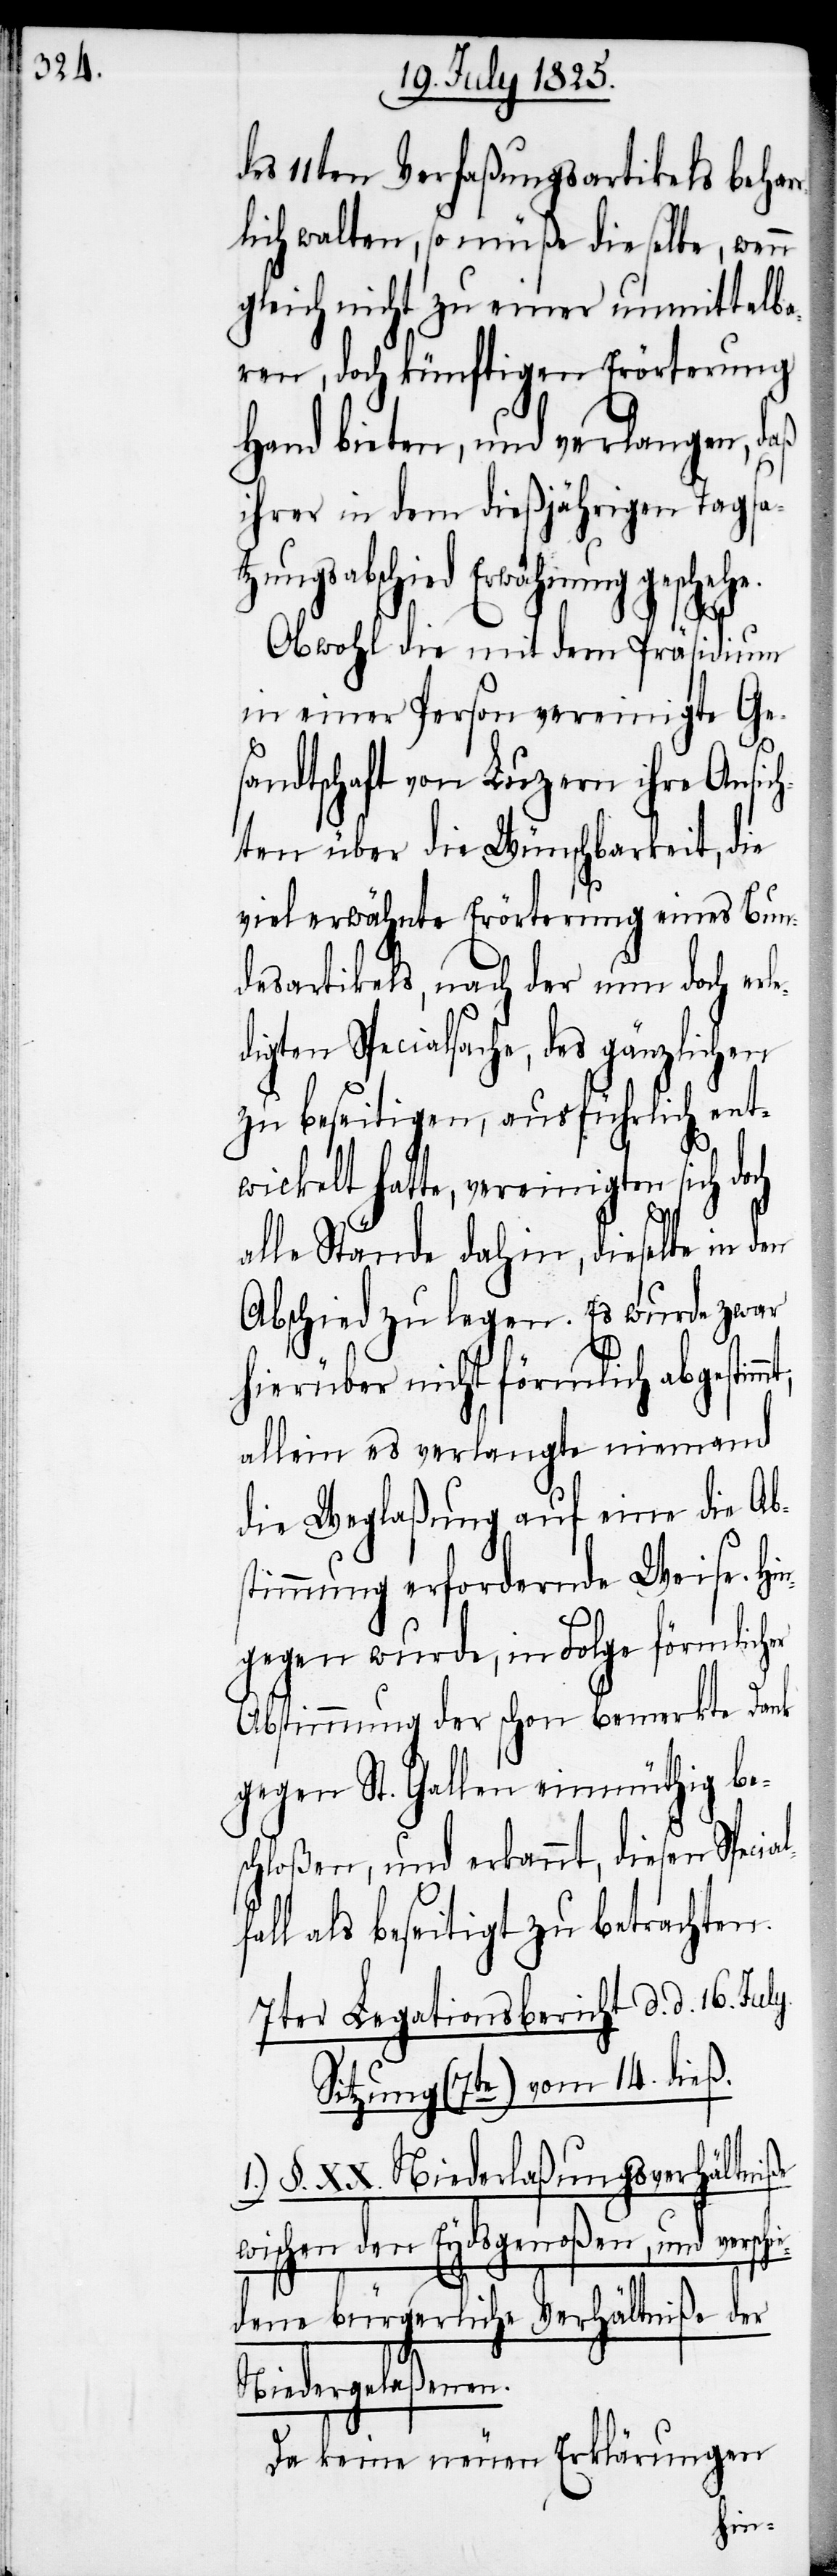
des 11ten Verfaßungsartikels behar¬
rlich walten, so müße dieselbe, wenn
gleich nicht zu einer unmittelba¬
ren, doch künftigen Erörterung
Hand bieten, und verlangen, daß
ihrer in dem dießjährigen Tagsa¬
tzungsabschied Erwähnung geschehe.
[z]w¬
Obwohl die mit dem Präsidium
in einer Person vereinigte Ge¬
sandtschaft von Luzern ihre Ansic¬
hten über die Wünschbarkeit, die
vielerwähnte Erörterung eines Bun¬
desartikels, nach der nun doch erl¬
digten Specialsache, des gänzlichen
zu beseitigen, ausführlich ent¬
wickelt hatte, vereinigten sich do¬
alle Stände dahin, dieselbe in den
Abschied zu legen. Es wurde zwar
hierüber nicht förmlich abgestim¬
allein es verlangte niemand
die Weglaßung auf eine die Ab¬
stimmung erfordernde Weise. Hin¬
gegen wurde, in Folge förmlicher
Abstimmung der schon bemerkte Dank
gegen St. Gallen einmüthig bes¬
chloßen, und erkannt, diesen Speci¬
ll als beseitigt zu betrachten.
7ter Legationsbericht d. d. 16.
Sitzung (7te) vom 14. dieß.
§. XX. Niederlaßungsverhältniße
ischen den Eydsgenoßen, und versc¬
dene bürgerliche Verhältniße der
Niedergelaßenen.
Da keine neuen Erklärungen
hie¬